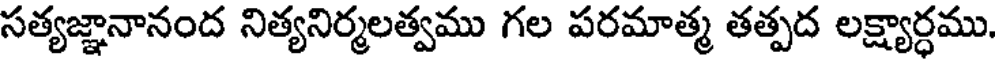
సత్యజ్ఞానానంద నిత్యనిర్మలత్వము గల పరమాత్మ తత్పద లక్ష్యార్ధము.